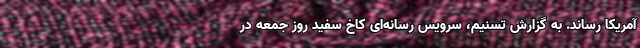
آمریکا رساند. به گزارش تسنیم، سرویس رسانه‌ای کاخ سفید روز جمعه در